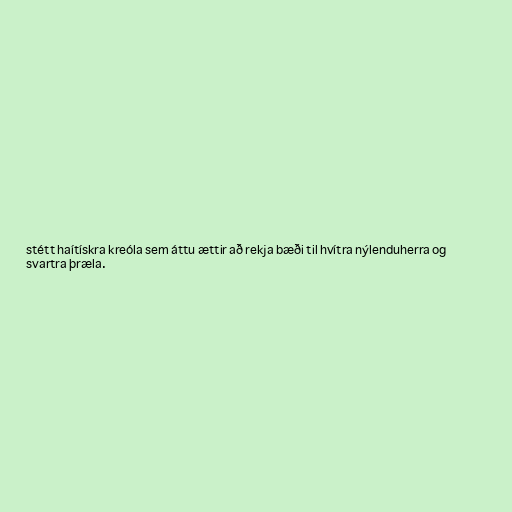
stétt haítískra kreóla sem áttu ættir að rekja bæði til hvítra nýlenduherra og
svartra þræla.